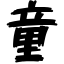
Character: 童